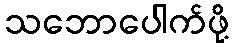
သဘောပေါက်ဖို့